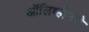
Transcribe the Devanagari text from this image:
ऑलिव्हीनचे